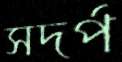
সদর্প